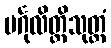
မင်္ဂုလိတ္ထိသုတ္တံ